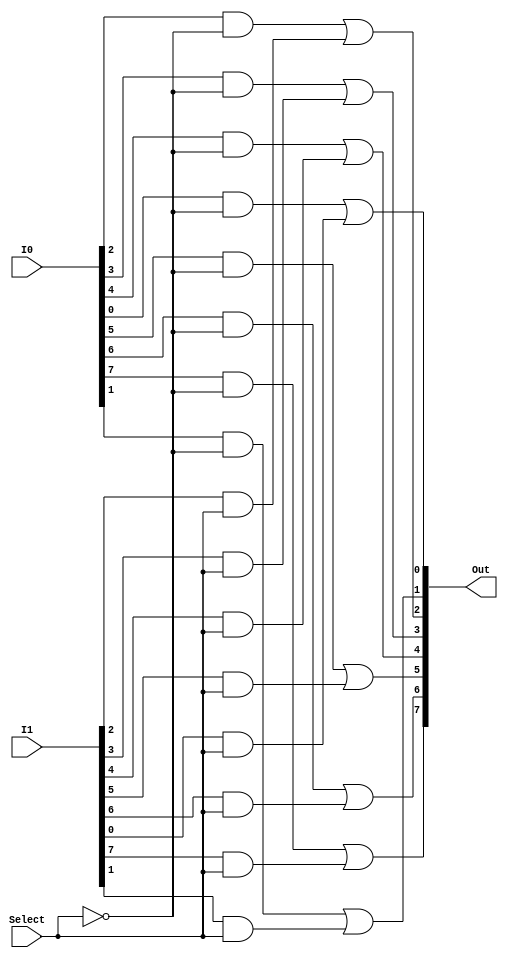
module BS_Selector #(parameter N=8) 
(
	input [N-1:0] I0,
	input [N-1:0] I1,
	input Select,
	output [N-1:0] Out
);

genvar i;
generate

for (i=0; i<N; i=i+1) begin : Main
	assign Out[i] = (I0[i] & ~Select) | (I1[i] & Select);
end

endgenerate
endmodule